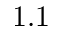
1 . 1